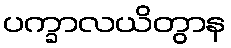
ပက္ခာလယိတွာန